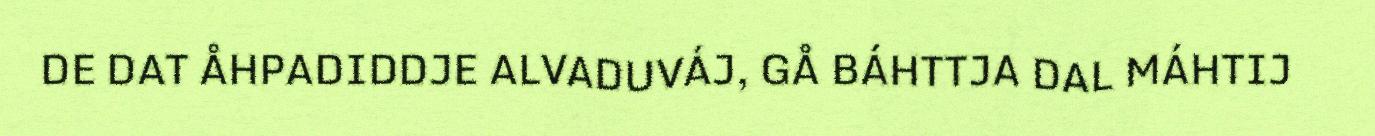
DE DAT ÅHPADIDDJE ALVADUVÁJ, GÅ BÁHTTJA DAL MÁHTIJ